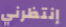
إنتظرني